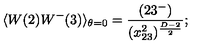
\langle W ( 2 ) W ^ { - } ( 3 ) \rangle _ { \theta = 0 } = \frac { ( 2 3 ^ { - } ) } { ( x _ { 2 3 } ^ { 2 } ) ^ { \frac { D - 2 } { 2 } } } ; \nonumber